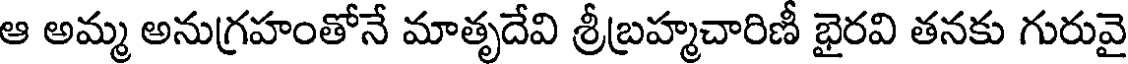
ఆ అమ్మ అనుగ్రహంతోనే మాతృదేవి శ్రీబ్రహ్మచారిణీ భైరవి తనకు గురువై